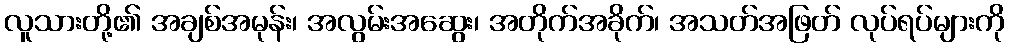
လူသားတို့၏ အချစ်အမုန်း၊ အလွမ်းအဆွေး၊ အတိုက်အခိုက်၊ အသတ်အဖြတ် လုပ်ရပ်များကို